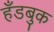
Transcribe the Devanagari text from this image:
हँडबुक